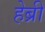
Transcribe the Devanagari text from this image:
हेब्री